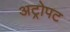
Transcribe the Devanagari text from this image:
अट्रोपट